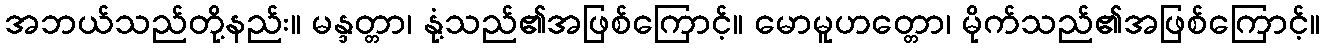
အဘယ်သည်တို့နည်း။ မန္ဒတ္တာ၊ နုံ့သည်၏အဖြစ်ကြောင့်။ မောမူဟတ္တော၊ မိုက်သည်၏အဖြစ်ကြောင့်။